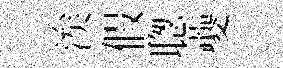
涘假聦夔